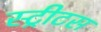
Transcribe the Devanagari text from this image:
स्ट्रीटस